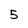
Character: 5